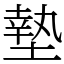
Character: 墊